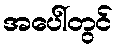
အပေါ်တွင်